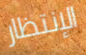
الإنتظار